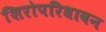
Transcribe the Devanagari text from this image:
शिरोपरिधावन